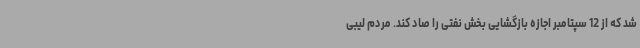
شد که از 12 سپتامبر اجازه بازگشایی بخش نفتی را صاد کند. مردم لیبی